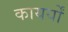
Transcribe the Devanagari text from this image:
कायर्यों